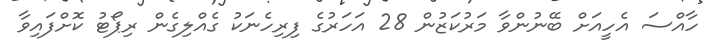
ހާއްސަ އެހީއަށް ބޭނުންވާ މަރުކަޒުން 28 އަހަރުގެ ފިރިހެނަކު ގެއްލިގެން ރިޕޯޓު ކޮށްފައިވާ